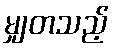
မျှတသည့်